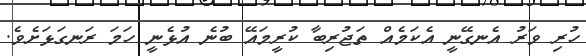
ހުރި ވަރު އެނގޭނީ އެކަމެއް ތަޖުރިބާ ކުރީމައޭ ބުނެ އުޅެނީ ހަމަ ރަނގަޅަށެވެ.